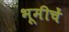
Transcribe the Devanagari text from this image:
भूमीचें